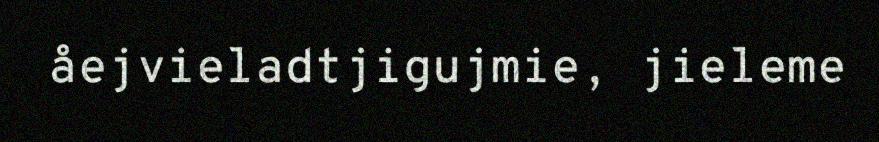
åejvieladtjigujmie, jieleme